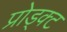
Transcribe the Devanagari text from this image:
प्रोड्क्ट